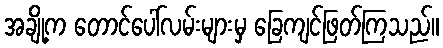
အချို့က တောင်ပေါ်လမ်းများမှ ခြေကျင်ဖြတ်ကြသည်။